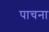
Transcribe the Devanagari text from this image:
पाचना